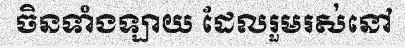
ចិនទាំងឡាយ ដែលរួមរស់នៅ